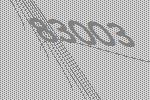
83003